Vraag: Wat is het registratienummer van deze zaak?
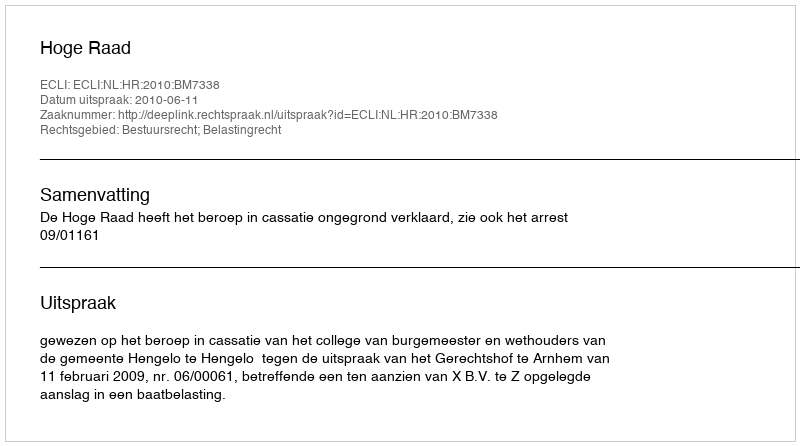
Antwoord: http://deeplink.rechtspraak.nl/uitspraak?id=ECLI:NL:HR:2010:BM7338